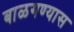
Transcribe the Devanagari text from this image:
बाळगण्यास